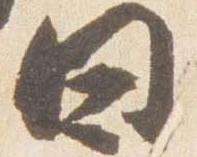
日